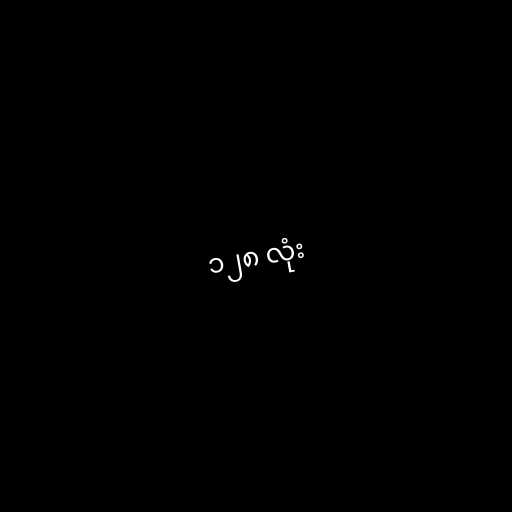
၁၂၈ လုံး